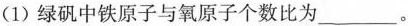
(1)绿矾中铁原子与氧原子个数比为___。